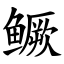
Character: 鳜